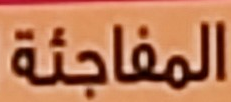
المفاجئة